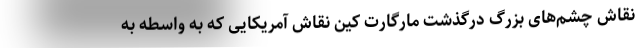
نقاش چشم‌های بزرگ درگذشت مارگارت کین نقاش آمریکایی که به واسطه به